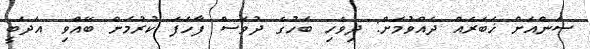
ސަންއަށް ޚަބަރެއް ދެއްވުމަށް: ދިވެހި ބަހުގެ ދުވަސް ފާހަފަ ކުރުމަށް ބޭއްވި 'އަދަބީ